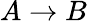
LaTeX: A\rightarrow B